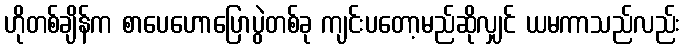
ဟိုတစ်ချိန်က စာပေဟောပြောပွဲတစ်ခု ကျင်းပတော့မည်ဆိုလျှင် ယမကာသည်လည်း